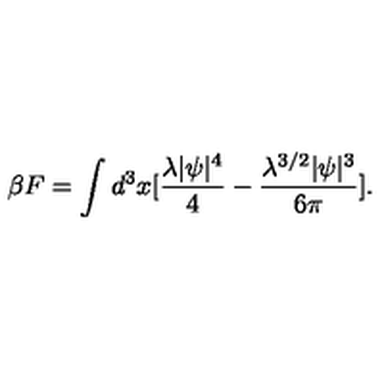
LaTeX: \beta F = \int d ^ { 3 } x [ \frac { \lambda | \psi | ^ { 4 } } { 4 } - \frac { \lambda ^ { 3 / 2 } | \psi | ^ { 3 } } { 6 \pi } ] .